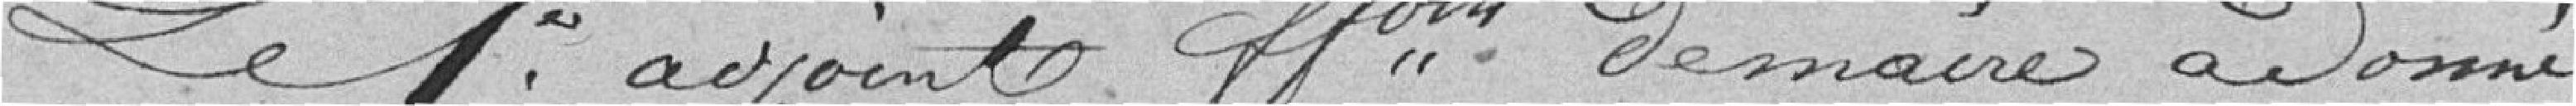
Le 1er adjoint faisant fonction de maire a donné